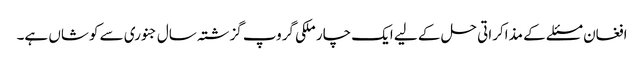
افغان مسئلے کے مذاکراتی حل کے لیے ایک چار ملکی گروپ گزشتہ سال جنوری سے کوشاں ہے۔